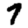
Digit: 7